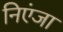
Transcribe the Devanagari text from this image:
निएंजा